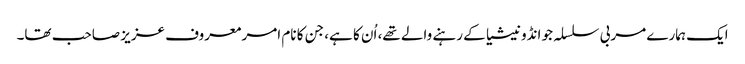
ایک ہمارے مربی سلسلہ جو انڈونیشیا کے رہنے والے تھے، اُن کا ہے، جن کا نام امر معروف عزیز صاحب تھا۔